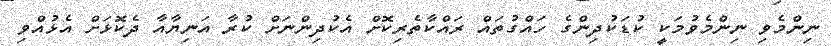
ނިންމެވި ނިންމެވުމަކީ ކުޑަކުދިންގެ ހައްގުތައް ރައްކާތެރިކޮށް އެކުދިންނަށް ކުރާ އަނިޔާއާ ދެކޮޅަށް އެޅުއްވި